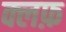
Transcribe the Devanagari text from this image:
क्लफ़